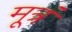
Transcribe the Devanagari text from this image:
मूत्रं